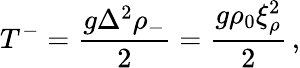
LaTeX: T^{-}=\frac{g\Delta^{2}\rho_{-}}{2}=\frac{g\rho_{0}\xi_{\rho}^{2}}{2}\, ,